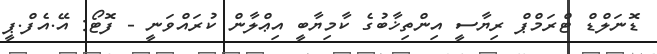
ޑޮނަލްޑް ޓްރަމްޕް ރިޔާސީ އިންތިޚާބުގެ ކާމިޔާބީ އިޢްލާން ކުރައްވަނީ - ފޮޓޯ: އޭ.އެފް.ޕީ